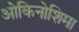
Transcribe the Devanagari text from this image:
ओकिनोशिमा